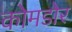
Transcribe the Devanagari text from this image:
कोमडोर